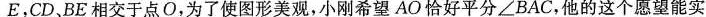
E，CD、BE相交于点O，为了使图形美观，小刚希望 AO 恰好平分∠BAC，他的这个愿望能实